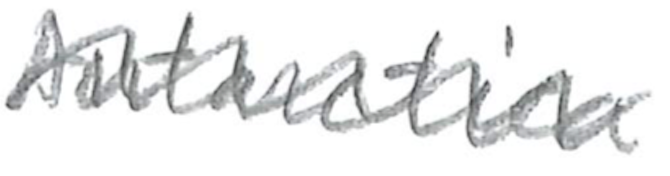
Text: Antarctica
Cross-out: zig-zag
Writing tool: pencil